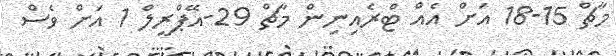
މާޗް 15-18 އަށް އެއް ޓްރެއިނިން މާޗް 29-އޭޕްރީލް 1 އަށް ވެސް